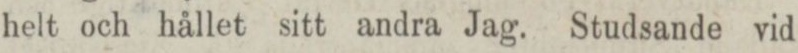
helt och hållet sitt andra Jag. Studsande vid